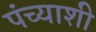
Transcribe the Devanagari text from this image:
पंच्याशी